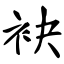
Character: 袂